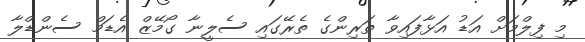
މި ފިލްމަށް އަޑު އަޅާފައިވާ ތަރިންގެ ތެރޭގައި ސެލީނާ ގޯމޭޒް އެޑަމް ސެންޑްލާ